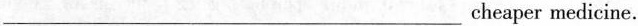
___ cheaper medicine.